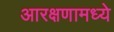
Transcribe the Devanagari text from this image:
आरक्षणामध्ये